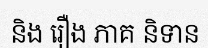
និង រឿង ភាគ និទាន